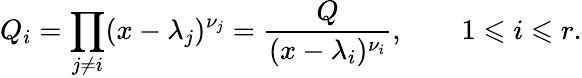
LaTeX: Q_{i}=\prod_{j\neq i}(x-\lambda_{j})^{\nu_{j}}={\frac{Q}{(x-\lambda_{i})^{\nu_{i}}}},\qquad 1\leqslant i\leqslant r.